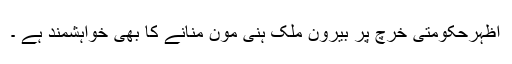
اظہرحکومتی خرچ پر بیرون ملک ہنی مون منانے کا بھی خواہشمند ہے ۔